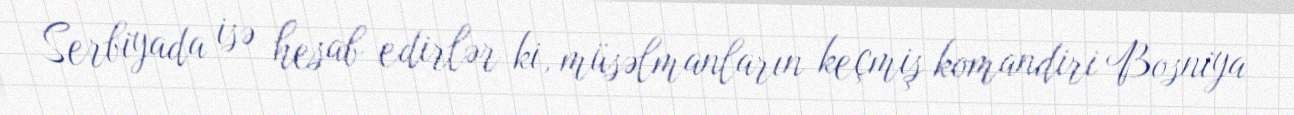
Serbiyada isə hesab edirlər ki, müsəlmanların keçmiş komandiri Bosniya